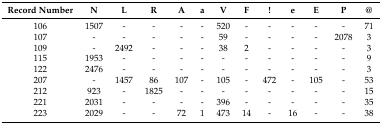
| Record Number | N | L | R | A | a | V | F | ! | e | E | P | @ |
 | --- | --- | --- | --- | --- | --- | --- | --- | --- | --- | --- | --- | --- |
 | 106 | 1507 | - | - | - | - | 520 | - | - | - | - | - | 71 |
 | 107 | - | - | - | - | - | 59 | - | - | - | - | 2078 | 3 |
 | 109 | - | 2492 | - | - | - | 38 | 2 | - | - | - | - | 3 |
 | 115 | 1953 | - | - | - | - | - | - | - | - | - | - | 9 |
 | 122 | 2476 | - | - | - | - | - | - | - | - | - | - | 3 |
 | 207 | - | 1457 | 86 | 107 | - | 105 | - | 472 | - | 105 | - | 53 |
 | 212 | 923 | - | 1825 | - | - | - | - | - | - | - | - | 15 |
 | 221 | 2031 | - | - | - | - | 396 | - | - | - | - | - | 35 |
 | 223 | 2029 | - | - | 72 | 1 | 473 | 14 | - | 16 | - | - | 38 |